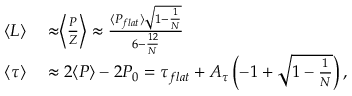
\begin{array} { r l } { \langle L \rangle } & { { } \approx \biggr \langle \frac { P } { Z } \biggr \rangle \approx \frac { \langle P _ { f l a t } \rangle \sqrt { 1 - \frac { 1 } { N } } } { 6 - \frac { 1 2 } { N } } } \\ { \langle \tau \rangle } & { { } \approx 2 \langle P \rangle - 2 P _ { 0 } = \tau _ { f l a t } + A _ { \tau } \left( - 1 + \sqrt { 1 - \frac { 1 } { N } } \right) , } \end{array}